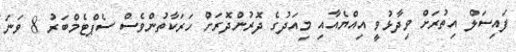
ފައިސަލް އިތުރަށް ވިދާޅުވީ އިއްޔެއާއި މިއަދުގެ ދޮރުންދޮރަށް ހަރަކާތުންވެސް ސެޕްޓެމްބަރު 8 ވަނަ